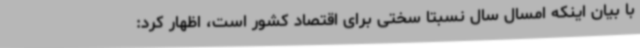
با بیان اینکه امسال سال نسبتا سختی برای اقتصاد کشور است، اظهار کرد: